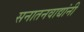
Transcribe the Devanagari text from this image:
सनातनवाद्यांनी